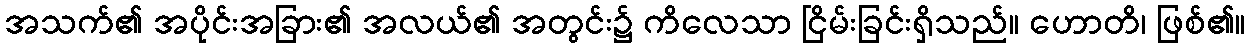
အသက်၏ အပိုင်းအခြား၏ အလယ်၏ အတွင်း၌ ကိလေသာ ငြိမ်းခြင်းရှိသည်။ ဟောတိ၊ ဖြစ်၏။